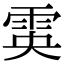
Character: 雵